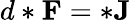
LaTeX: d*\mathbf{F}=*\mathbf{J}